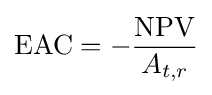
\mathrm {EAC} =-{\frac {\mathrm {NPV} }{A_{t,r}}}